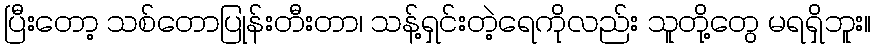
ပြီးတော့ သစ်တောပြုန်းတီးတာ၊ သန့်ရှင်းတဲ့ရေကိုလည်း သူတို့တွေ မရရှိဘူး။